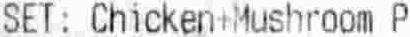
SET: CHICKEN+MUSHROOM P